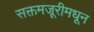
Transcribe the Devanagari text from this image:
सक्तमजूरीमधून